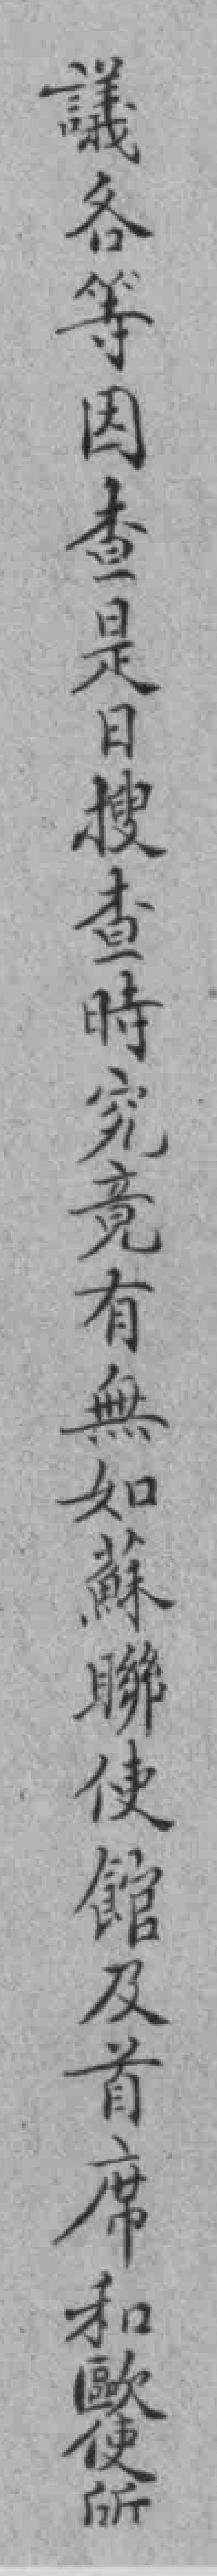
議各等因查是日搜查時究竟有無如蘇聯使館及首席和歐使所